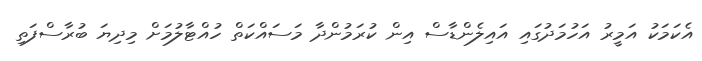
އެކަމަކު އަމީރު އަހުމަދުގައި އައިލެންޑާސް އިން ކުރަމުންދާ މަސައްކަތް ހުއްޓާލުމަށް މިދިޔަ ބުރާސްފަތި